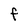
Character: f